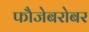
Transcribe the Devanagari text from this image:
फौजेबरोबर